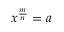
x ^ { \frac { m } { n } } = a